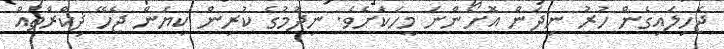
ޖެހިލައިގެން ހުރު ނިދަން އޮށޯންނަ މީހަކަށެވެ. ނިދުމުގެ ކުރިން ކިޔަން ޖެހޭ ޛިކްރްތައް